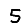
Digit: 5